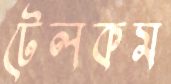
টেলকম